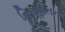
વિરાયતન